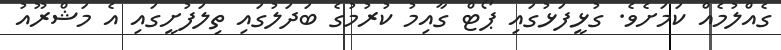
ގެއްލުމެއް ކަމަށެވެ. ގުޅީފަޅުގައި ޕޯޓް ގާއިމު ކުރުމުގެ ބަދަލުގައި ތިލަފުށީގައި އެ މަޝްރޫއު